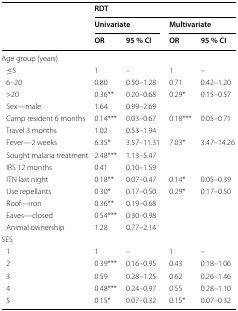
<table><thead><tr><td rowspan="3"></td><td colspan="4"><b>RDT</b></td></tr><tr><td colspan="2"><b>Univariate</b></td><td colspan="2"><b>Multivariate</b></td></tr><tr><td><b>OR</b></td><td><b>95 % CI</b></td><td><b>OR</b></td><td><b>95 % CI</b></td></tr></thead><tbody><tr><td colspan="5">Age group (years)</td></tr><tr><td> ≤5</td><td>1</td><td>–</td><td>1</td><td>–</td></tr><tr><td> 6–20</td><td>0.80</td><td>0.50–1.28</td><td>0.71</td><td>0.42–1.20</td></tr><tr><td> &gt;20</td><td>0.36**</td><td>0.20–0.68</td><td>0.29*</td><td>0.15–0.57</td></tr><tr><td> Sex—male</td><td>1.64</td><td>0.99–2.69</td><td></td><td></td></tr><tr><td> Camp resident 6 months</td><td>0.14***</td><td>0.03–0.67</td><td>0.18***</td><td>0.05–0.71</td></tr><tr><td> Travel 3 months</td><td>1.02</td><td>0.53–1.94</td><td></td><td></td></tr><tr><td> Fever—2 weeks</td><td>6.35*</td><td>3.57–11.31</td><td>7.03*</td><td>3.47–14.26</td></tr><tr><td> Sought malaria treatment</td><td>2.48***</td><td>1.13–5.47</td><td></td><td></td></tr><tr><td> IRS 12 months</td><td>0.41</td><td>0.10–1.59</td><td></td><td></td></tr><tr><td> ITN last night</td><td>0.18**</td><td>0.07–0.47</td><td>0.14*</td><td>0.05–0.39</td></tr><tr><td> Use repellants</td><td>0.30*</td><td>0.17–0.50</td><td>0.29*</td><td>0.17–0.50</td></tr><tr><td> Roof—iron</td><td>0.36**</td><td>0.19–0.68</td><td></td><td></td></tr><tr><td> Eaves—closed</td><td>0.54***</td><td>0.30–0.98</td><td></td><td></td></tr><tr><td> Animal ownership</td><td>1.28</td><td>0.77–2.14</td><td></td><td></td></tr><tr><td colspan="5">SES</td></tr><tr><td> 1</td><td>1</td><td>–</td><td>1</td><td>–</td></tr><tr><td> 2</td><td>0.39***</td><td>0.16–0.95</td><td>0.43</td><td>0.18–1.06</td></tr><tr><td> 3</td><td>0.59</td><td>0.28–1.25</td><td>0.62</td><td>0.26–1.46</td></tr><tr><td> 4</td><td>0.48***</td><td>0.24–0.97</td><td>0.55</td><td>0.28–1.10</td></tr><tr><td> 5</td><td>0.15*</td><td>0.07–0.32</td><td>0.15*</td><td>0.07–0.32</td></tr></tbody></table>